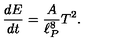
{ \frac { d E } { d t } } = \frac { A } { \ell _ { P } ^ { 8 } } T ^ { 2 } .